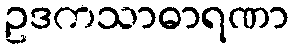
ဥဒကသာဓာရဏာ